Investigations on Bengal jail dietaries - Number 37
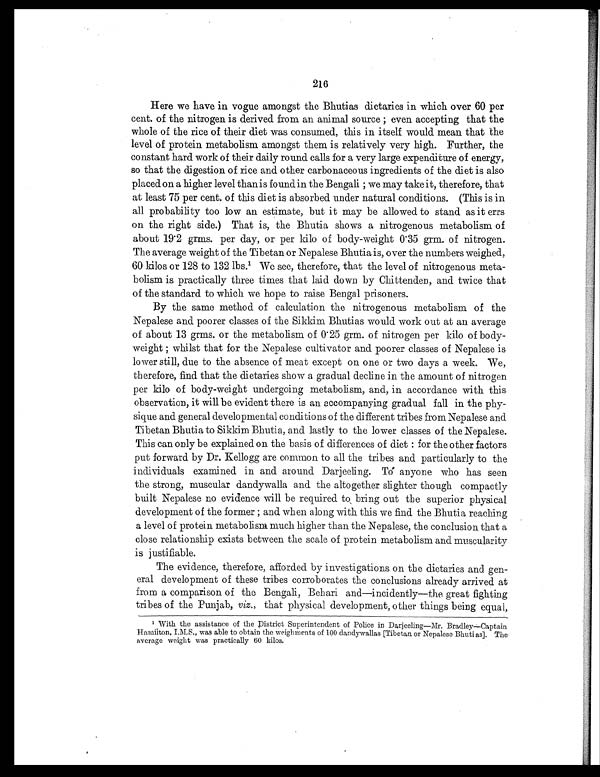
216
Here we have in vogue amongst the Bhutias dietaries in which over 60 per
cent. of the nitrogen is derived from an animal source; even accepting that the
whole of the rice of their diet was consumed, this in itself would mean that the
level of protein metabolism amongst them is relatively very high. Further, the
constant hard work of their daily round calls for a very large expenditure of energy,
so that the digestion of rice and other carbonaceous ingredients of the diet is also
placed on a higher level than is found in the Bengali; we may take it, therefore, that
at least 75 per cent. of this diet is absorbed under natural conditions. (This is in
all probability too low an estimate, but it may be allowed to stand as it errs
on the right side.) That is, the Bhutia shows a nitrogenous metabolism of
about 19.2 grms. per day, or per kilo of body-weight 0.35 grm. of nitrogen.
The average weight of the Tibetan or Nepalese Bhutia is, over the numbers weighed,
60 kilos or 128 to 132 lbs. 1 We see, therefore, that the level of nitrogenous meta-
bolism is practically three times that laid down by Chittenden, and twice that
of the standard to which we hope to raise Bengal prisoners.
By the same method of calculation the nitrogenous metabolism of the
Nepalese and poorer classes of the Sikkim Bhutias would work out at an average
of about 13 grms. or the metabolism of 0.25 grm. of nitrogen per kilo of body-
weight ; whilst that for the Nepalese cultivator and poorer classes of Nepalese is
lower still, due to the absence of meat except on one or two days a week. We,
therefore, find that the dietaries show a gradual decline in the amount of nitrogen
per kilo of body-weight undergoing metabolism, and, in accordance with this
observation, it will be evident there is an accompanying gradual fall in the phy-
sique and general developmental conditions of the different tribes from Nepalese and
Tibetan Bhutia to Sikkim Bhutia, and lastly to the lower classes of the Nepalese.
This can only be explained on the basis of differences of diet: for the other factors
put forward by Dr. Kellogg are common to all the tribes and particularly to the
individuals examined in and around Darjeeling. T ό anyone who has seen
the strong, muscular dandywalla and the altogether slighter though compactly
built Nepalese no evidence will be required to bring out the superior physical
development of the former; and when along with this we find the Bhutia reaching
a level of protein metabolism much higher than the Nepalese, the conclusion that a
close relationship exists between the scale of protein metabolism and muscularity
is justifiable.
The evidence, therefore, afforded by investigations on the dietaries and gen-
eral development of these tribes corroborates the conclusions already arrived at
from a comparison of the Bengali, Behari and—incidently—the great fighting
tribes of the Punjab, viz., that physical development, other things being equal,
1With the assistance of the D istrict Superintendent of Police in Darjeeling—Mr. Bradley—Captain
H a m i l t o n , I . M . S . , w a s a b l e t o o b t a i n t h e w e i g h m e n t s o f 1 0 0 d a n d y w a l l a s [ T i b e t a n o r N e p a l e s e B h u t i a s ] . T h e .
average weight was practically 60 kilos.